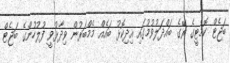
ބަޖެޓް ކޮމެޓީގެ ރޭގެ ބައްދަލުވުމުގައި އިދިކޮޅު ބައެއް މެމްބަރުން ވިދާޅުވީ ފުލުހުންގެ ބަޖެޓް